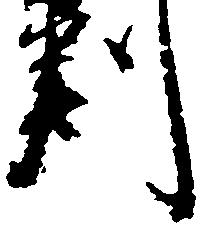
判